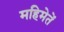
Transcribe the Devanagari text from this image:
महिमेतें